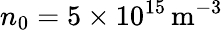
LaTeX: n_{0}=5\times 10^{15}\, \mathrm{m^{-3}}